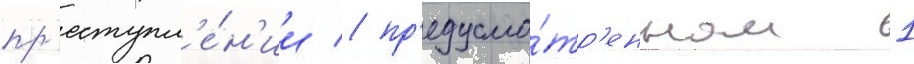
пр'еступл'е́н'ии / пр'едусмо́тр'енном 1